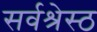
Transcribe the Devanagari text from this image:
सर्वश्रेस्ठ